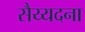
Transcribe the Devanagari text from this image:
सैय्यदना